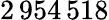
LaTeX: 2\, 954\, 518